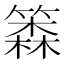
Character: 𰪗